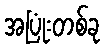
အပြုံးတစ်ခု